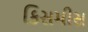
કિસમીસ